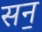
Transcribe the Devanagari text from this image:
सन॒